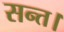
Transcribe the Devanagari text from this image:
सन्त।